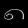
Digit: ၈